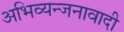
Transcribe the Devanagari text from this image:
अभिव्यन्जनावादी